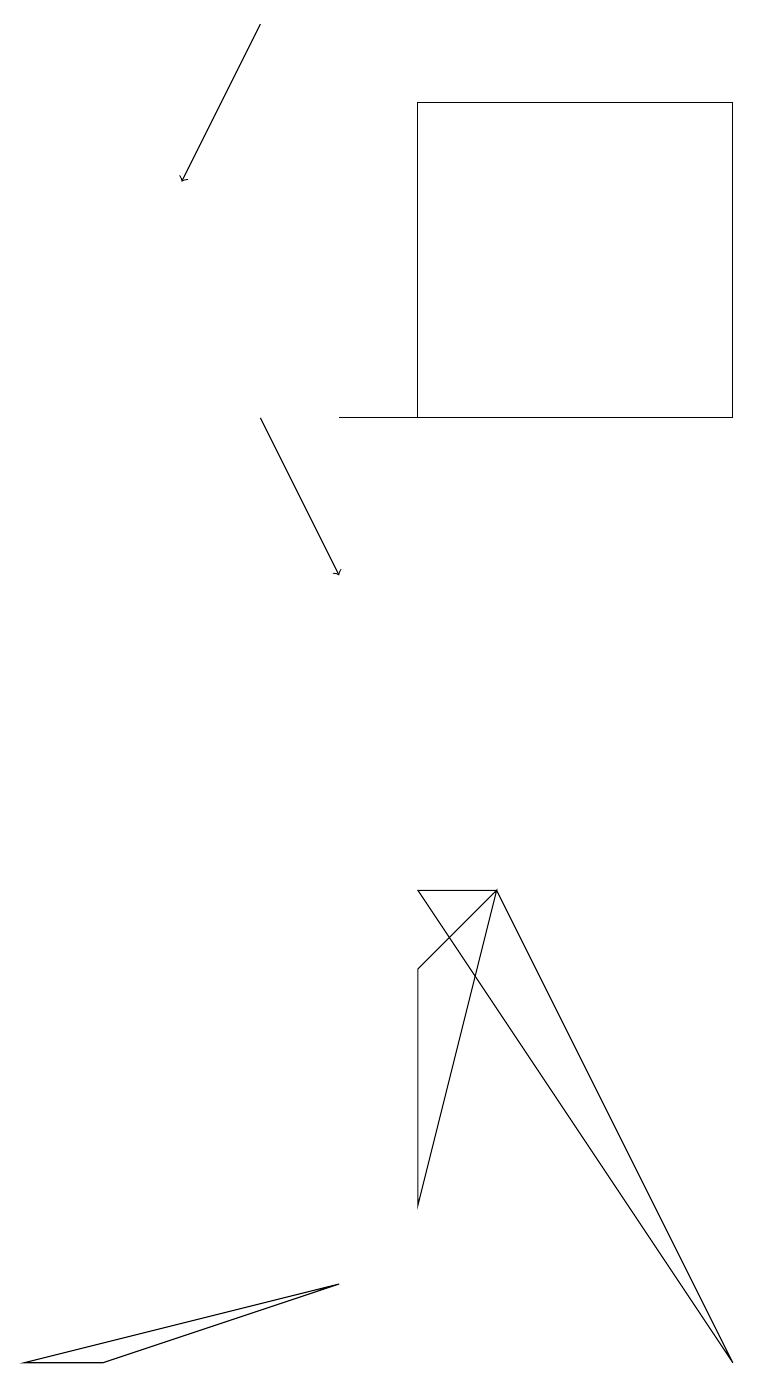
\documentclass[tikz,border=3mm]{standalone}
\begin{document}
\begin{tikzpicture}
\draw (1,1) -- (0,1) -- (4,2) -- cycle;
\draw[->] (3,18) -- (2,16);
\draw (7,13) rectangle (4,13);
\draw (6,7) -- (5,6) -- (5,3) -- cycle;
\draw (5,13) rectangle (9,17);
\draw (5,7) -- (9,1) -- (6,7) -- cycle;
\draw[->] (3,13) -- (4,11);
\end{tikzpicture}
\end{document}